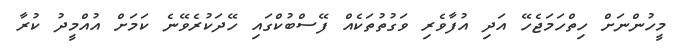
މީހުންނަށް ހިތްހަމަޖެހޭ އަދި އުފާވެރި ވަގުތުތަކެއް ފޭސްބުކްގައި ހޭދަކުރެވޭނެ ކަމަށް އުއްމީދު ކުރާ